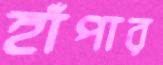
হাঁপার